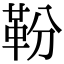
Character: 𩉵